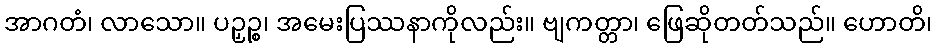
အာဂတံ၊ လာသော။ ပဉှဉ္စ၊ အမေးပြဿနာကိုလည်း။ ဗျကတ္တာ၊ ဖြေဆိုတတ်သည်။ ဟောတိ၊